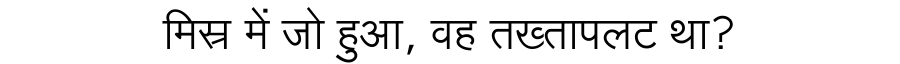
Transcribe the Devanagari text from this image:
मिस्र में जो हुआ, वह तख्तापलट था?